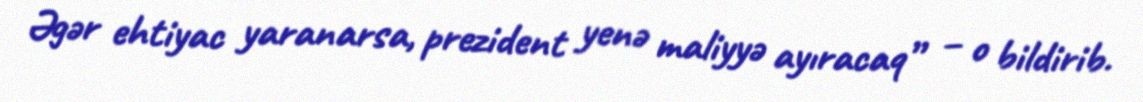
Əgər ehtiyac yaranarsa, prezident yenə maliyyə ayıracaq” – o bildirib.